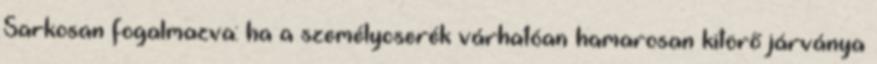
Sarkosan fogalmazva: ha a személycserék várhatóan hamarosan kitörő járványa